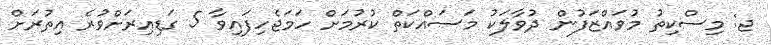
ޖ: މިސްކިތު މުވައްޒަފުން ދުވާލަކު މަސައްކަތް ކުރުމަށް ހަމަޖެހިފައިވާ 5 ގަޑިއިރަށްވުރެ އިތުރަށް